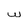
Character: w